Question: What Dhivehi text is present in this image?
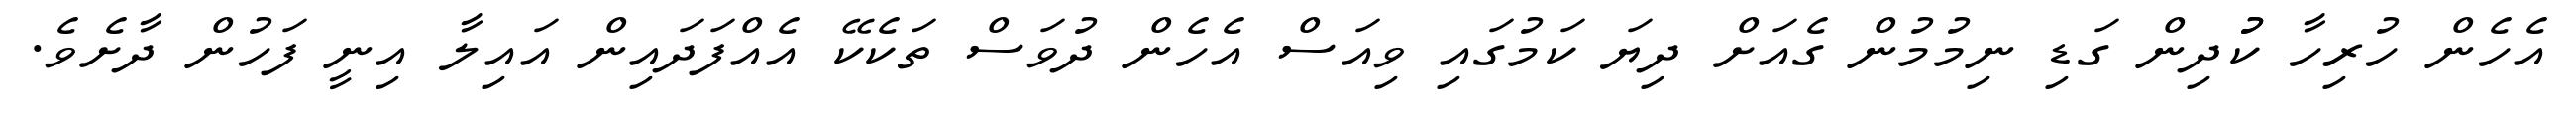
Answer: އެހެން ހުރިހާ ކުުދިން ގަޑި ނިމުމުން ގެއަށް ދިޔަ ކަމުގައި ވިއަސް އެހެން ދުވަސް ތަކެކޭ އެއްފަދައިން އައިލާ އިނީ ފަހުން ދާށެވެ.